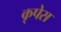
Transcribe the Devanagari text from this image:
कृपेस